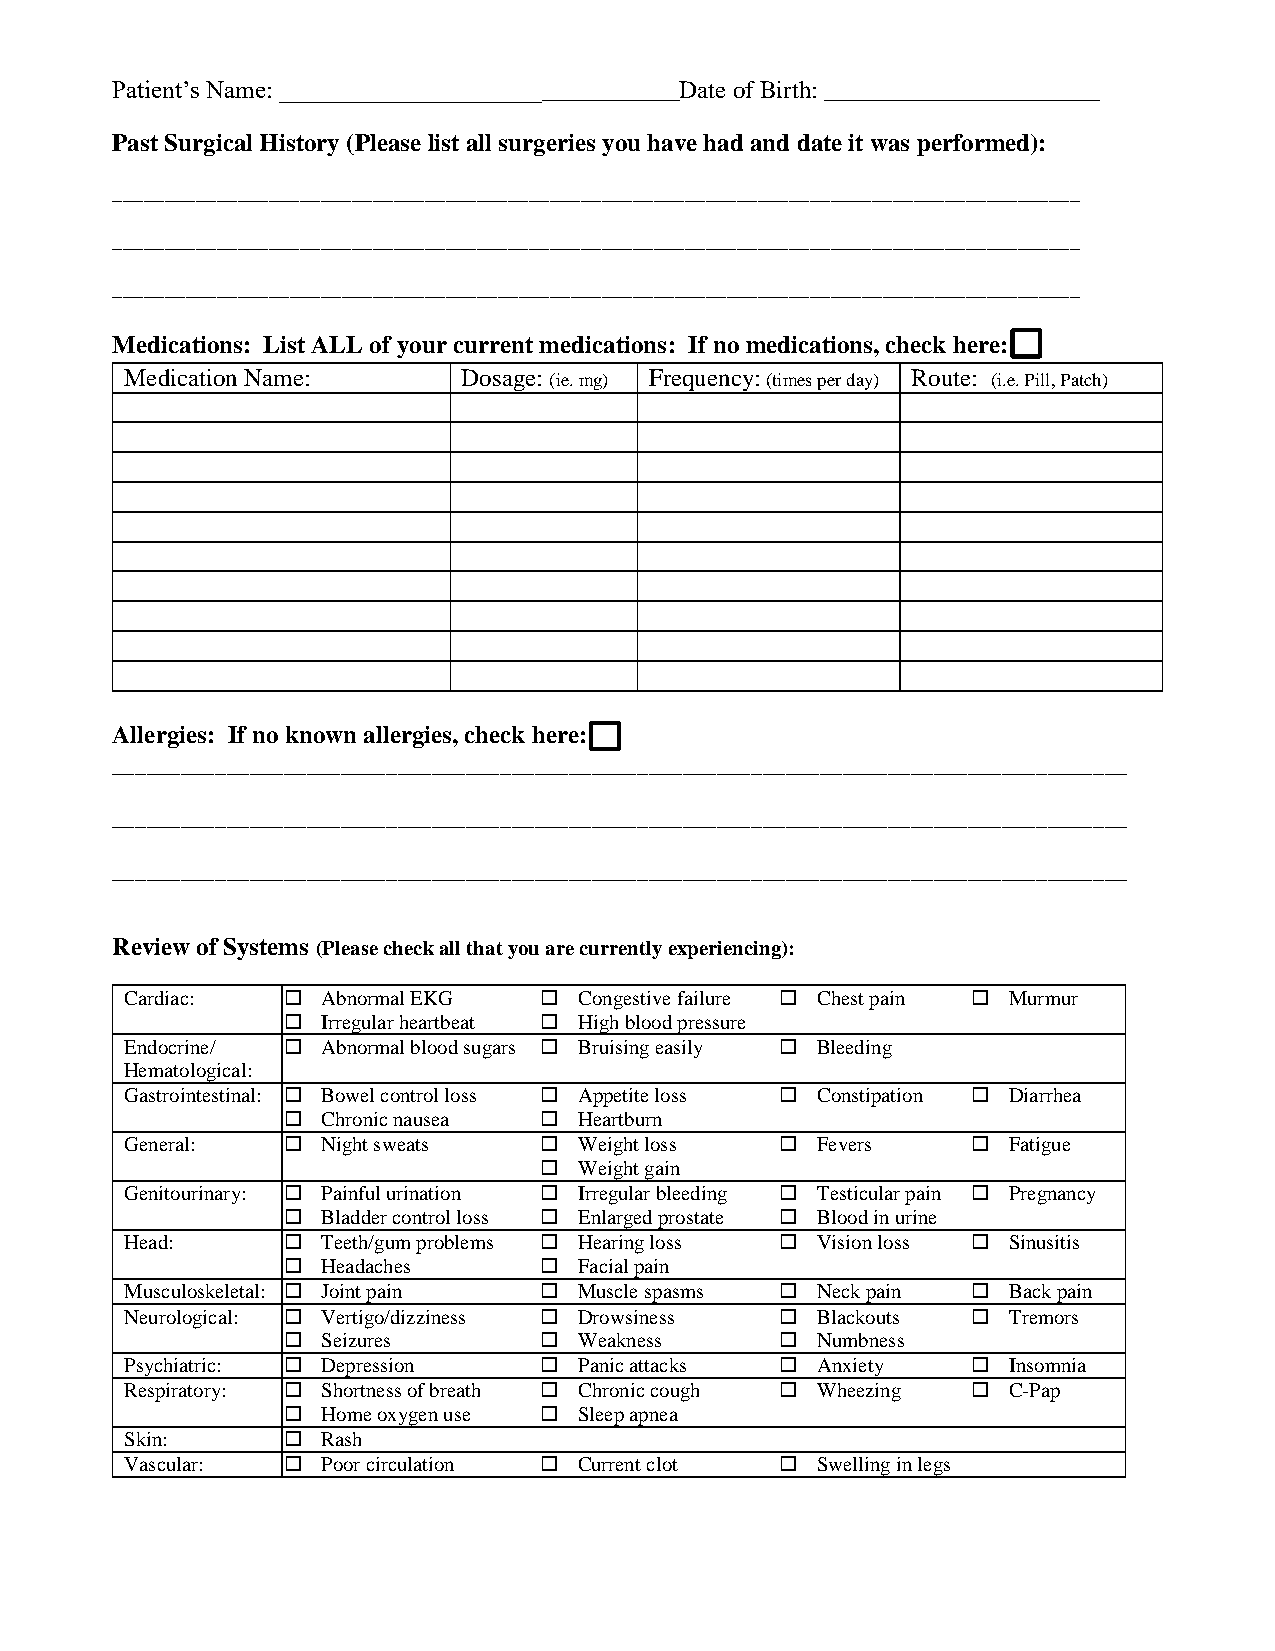
Patient’s Name: ________________________________Date of Birth: ______________________
 Past Surgical History (Please list all surgeries you have had and date it was performed):
 _____________________________________________________________________________________________
 _____________________________________________________________________________________________
 _____________________________________________________________________________________________
 Medications: List ALL of your current medications: If no medications, check here:
 Medication Name:       Dosage: (ie. mg) Frequency: (times per day) Route: (i.e. Pill, Patch)
 Allergies: If no known allergies, check here:
 _________________________________________________________________________________________
 _________________________________________________________________________________________
 _________________________________________________________________________________________
 Review of Systems (Please check all that you are currently experiencing):
 Cardiac:    Abnormal EKG    Congestive failure  Chest pain  Murmur
  Irregular heartbeat  High blood pressure
 Endocrine/  Abnormal blood sugars  Bruising easily  Bleeding
 Hematological:
 Gastrointestinal:  Bowel control loss  Appetite loss  Constipation  Diarrhea
  Chronic nausea  Heartburn
 General:    Night sweats    Weight loss    Fevers      Fatigue
  Weight gain
 Genitourinary:  Painful urination  Irregular bleeding  Testicular pain  Pregnancy
  Bladder control loss  Enlarged prostate  Blood in urine
 Head:       Teeth/gum problems  Hearing loss  Vision loss  Sinusitis
  Headaches       Facial pain
 Musculoskeletal:  Joint pain  Muscle spasms  Neck pain  Back pain
 Neurological:  Vertigo/dizziness  Drowsiness  Blackouts  Tremors
  Seizures        Weakness       Numbness
 Psychiatric:  Depression    Panic attacks  Anxiety     Insomnia
 Respiratory:  Shortness of breath  Chronic cough  Wheezing  C-Pap
  Home oxygen use  Sleep apnea
 Skin:       Rash
 Vascular:   Poor circulation  Current clot  Swelling in legs